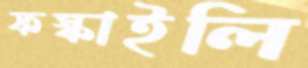
ফস্‌কাইলি